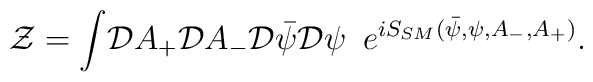
{\cal Z }= {\displaystyle \int} {\cal D} A_+{\cal D} A_-{\cal D}{\bar \psi}{\cal D} \psi \,\,\, {\displaystyle e}^{iS_{SM} ( {\bar \psi}, \psi,A_-, A_+)}.